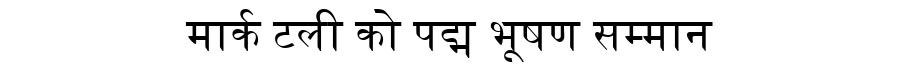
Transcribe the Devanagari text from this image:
मार्क टली को पद्म भूषण सम्मान